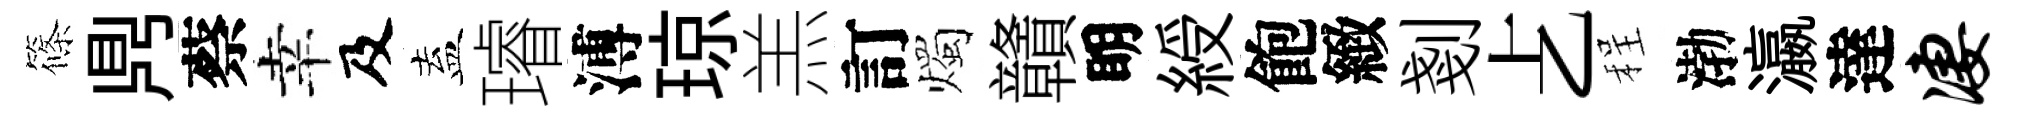
篠𪔂蔡幸及盍璿溥琼羔訂燭贛眀綬飽緻剗𠧒程渤瀛達凄